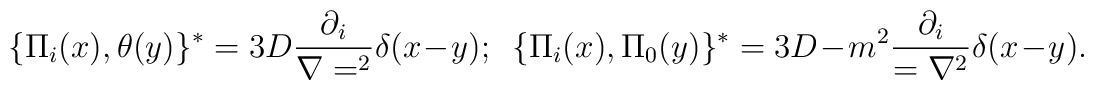
\{\Pi _i(x),\theta (y)\}^*=3D{{\partial _i}\over {\nabla =^2}}\delta(x-y);~~\{\Pi _i(x),\Pi _0 (y)\}^*=3D-m^2{{\partial _i}\over ={\nabla ^2}}\delta(x-y).